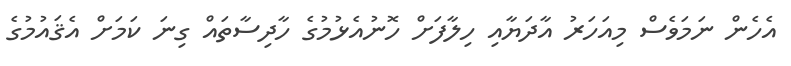
އެހެން ނަމަވެސް މިއަހަރު އާދަޔާއި ހިލާފަށް ހޮނުއެޅުމުގެ ހާދިސާތައް ގިނަ ކަމަށް އެޤައުމުގެ